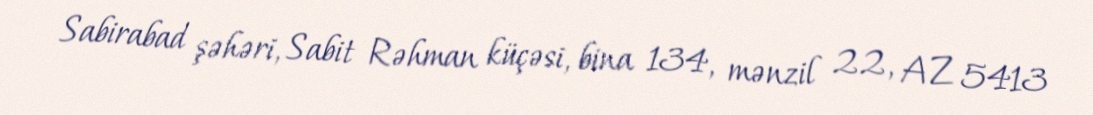
Sabirabad şəhəri, Sabit Rəhman küçəsi, bina 134, mənzil 22, AZ 5413